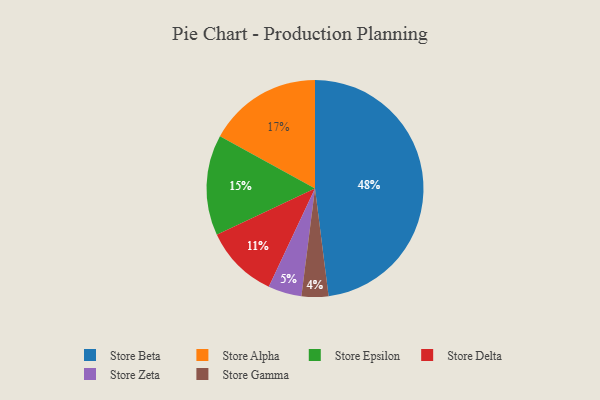
{"axis": {"x": "Category", "y": "Percentage"}, "legend": ["Store Alpha", "Store Beta", "Store Delta", "Store Epsilon", "Store Gamma", "Store Zeta"], "data": [{"x": "Store Gamma", "y": 4, "type": "Store Gamma"}, {"x": "Store Zeta", "y": 5, "type": "Store Zeta"}, {"x": "Store Epsilon", "y": 15, "type": "Store Epsilon"}, {"x": "Store Alpha", "y": 17, "type": "Store Alpha"}, {"x": "Store Beta", "y": 48, "type": "Store Beta"}, {"x": "Store Delta", "y": 11, "type": "Store Delta"}]}